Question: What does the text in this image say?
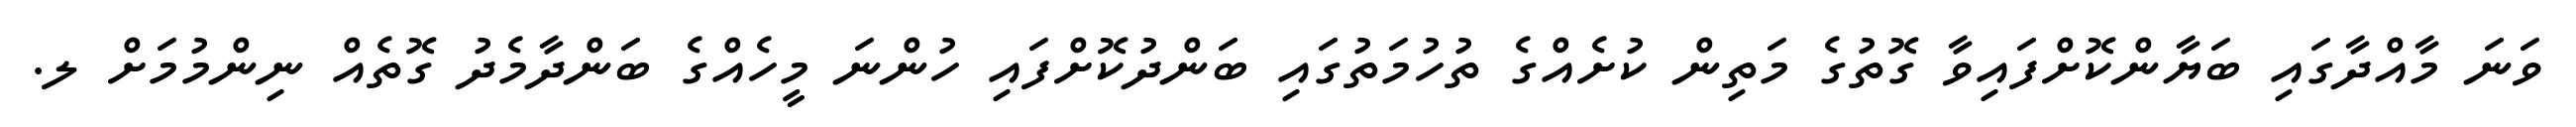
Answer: ވަނަ މާއްދާގައި ބަޔާންކޮށްފައިވާ ގޮތުގެ މަތިން ކުށެއްގެ ތުހުމަތުގައި ބަންދުކޮށްފައި ހުންނަ މީހެއްގެ ބަންދާމެދު ގޮތެއް ނިންމުމަށް ލ.